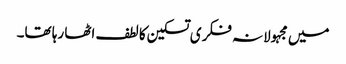
میں مجہولانہ فکری تسکین کا لطف اٹھا رہا تھا۔